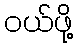
ဝယ်ဖို့